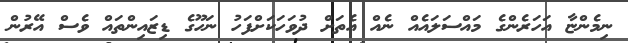
ނިމެންޏާ އަހަރެންގެ މައްސަލައެއް ނެއް އެތަށް ދުވަހަކަށްފަހު ނަހޫގެ ޑިޒައިންތައް ވެސް އޭރުން